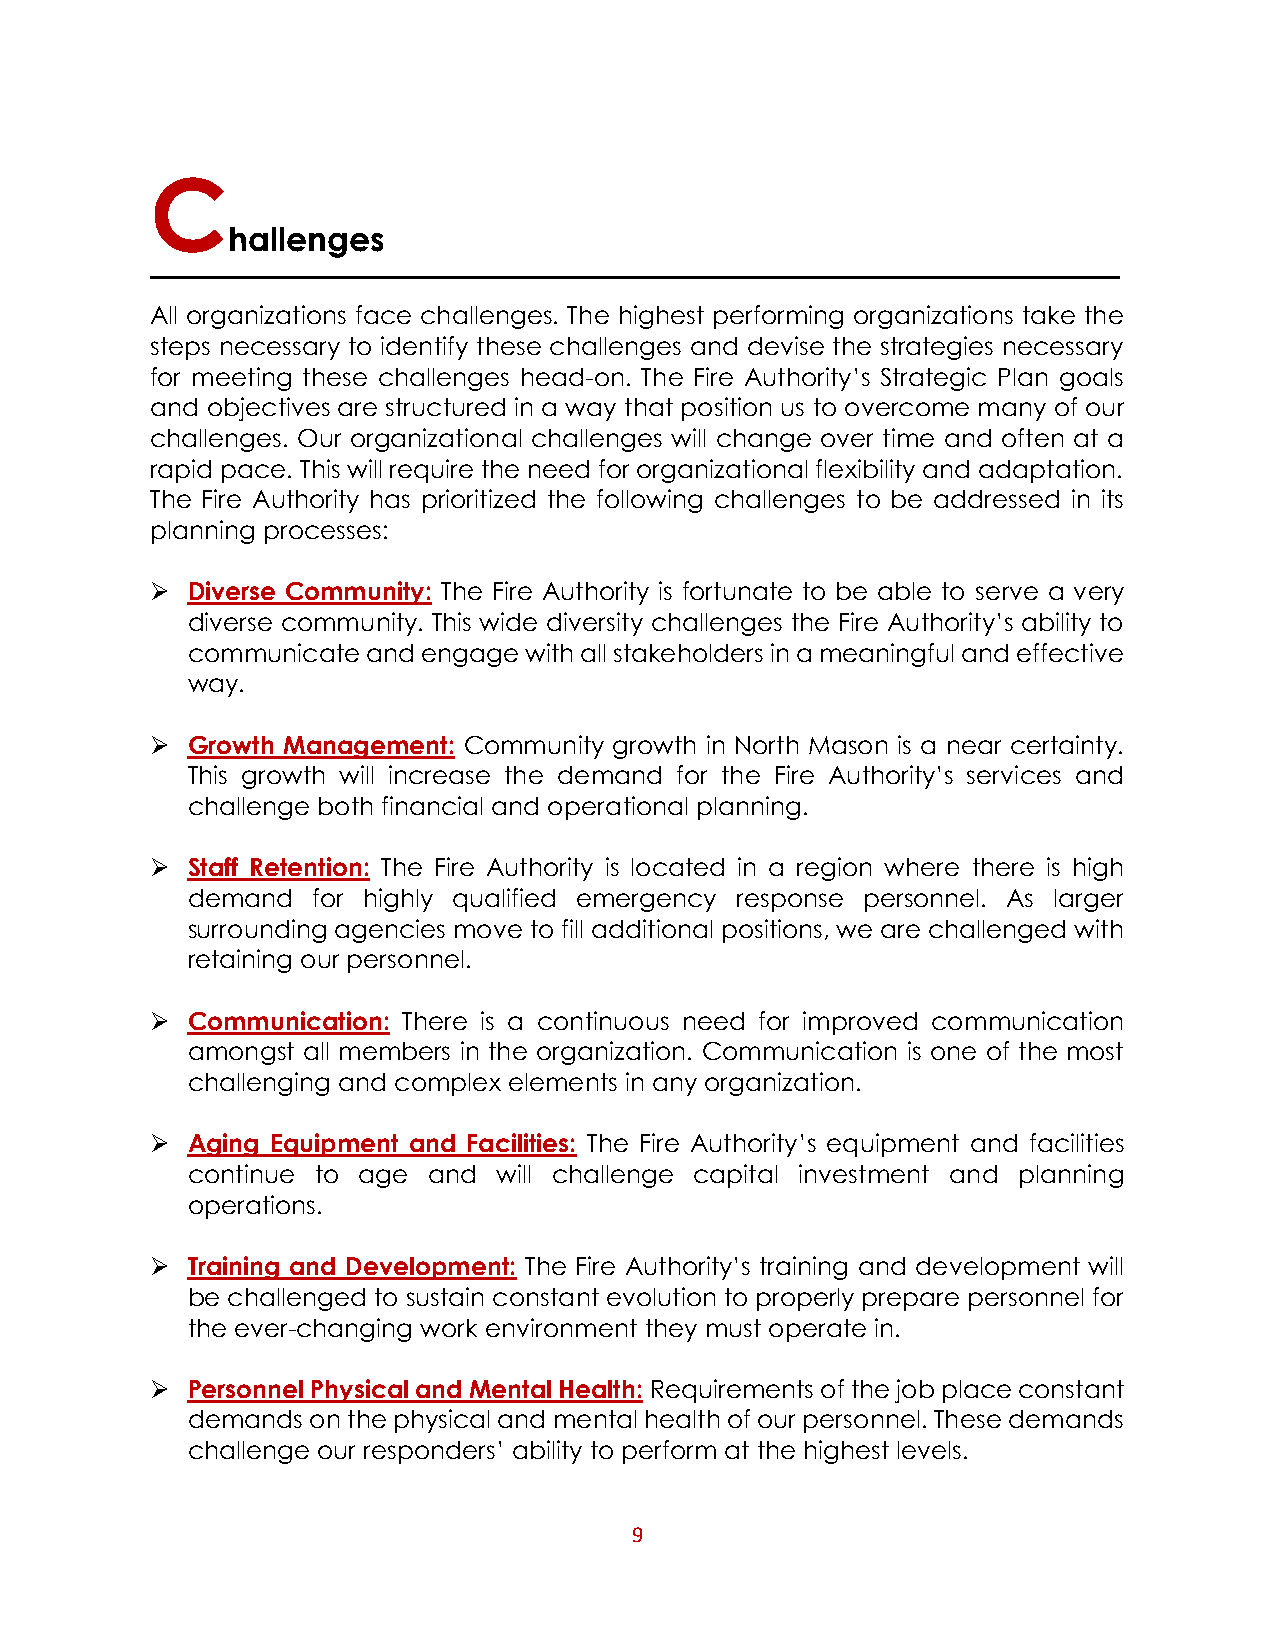
C
 hallenges
 All organizations face challenges. The highest performing organizations take the
 steps necessary to identify these challenges and devise the strategies necessary
 for meeting these challenges head-on. The Fire Authority’s Strategic Plan goals
 and objectives are structured in a way that position us to overcome many of our
 challenges. Our organizational challenges will change over time and often at a
 rapid pace. This will require the need for organizational flexibility and adaptation.
 The Fire Authority has prioritized the following challenges to be addressed in its
 planning processes:
  Diverse Community: The Fire Authority is fortunate to be able to serve a very
 diverse community. This wide diversity challenges the Fire Authority’s ability to
 communicate and engage with all stakeholders in a meaningful and effective
 way.
  Growth Management: Community growth in North Mason is a near certainty.
 This growth will increase the demand for the Fire Authority’s services and
 challenge both financial and operational planning.
  Staff Retention: The Fire Authority is located in a region where there is high
 demand   for highly qualified emergency response personnel. As larger
 surrounding agencies move to fill additional positions, we are challenged with
 retaining our personnel.
  Communication: There is a continuous need for improved communication
 amongst all members in the organization. Communication is one of the most
 challenging and complex elements in any organization.
  Aging Equipment and Facilities: The Fire Authority’s equipment and facilities
 continue to age and  will challenge capital investment and planning
 operations.
  Training and Development: The Fire Authority’s training and development will
 be challenged to sustain constant evolution to properly prepare personnel for
 the ever-changing work environment they must operate in.
  Personnel Physical and Mental Health: Requirements of the job place constant
 demands on the physical and mental health of our personnel. These demands
 challenge our responders’ ability to perform at the highest levels.
 9